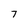
Character: 7